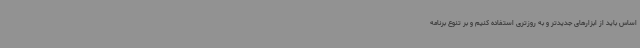
اساس باید از ابزارهای جدیدتر و به روزتری استفاده کنیم و بر تنوع برنامه